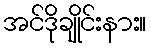
အင်ဒိုချိုင်းနား။